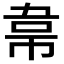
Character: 𮧮